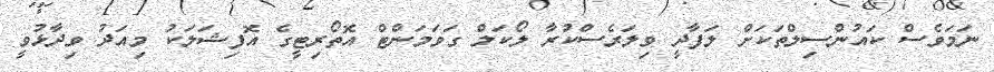
ނަމަވެސް ކައުންސިލްތަކަށް ލަފާދީ ވިލަރެސްކުރާ ލޯކަލް ގަވަމަންޓް އޮތޯރިޓީގެ އޮފިޝަލަކު މިއަދު ވިދާޅުވީ